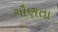
ગૌણતા